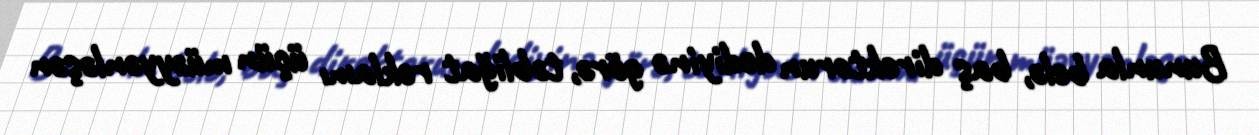
Bununla belə, baş direktorun dediyinə görə, təbliğat reklamı üçün müəyyənləşən